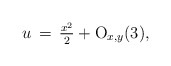
\begin{align*}u\,=\,\tfrac{x^2}{2} + {\rm O}_{x,y}(3),\end{align*}